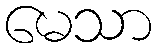
မေသာ